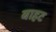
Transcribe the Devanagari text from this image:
बाहट